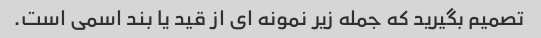
تصمیم بگیرید که جمله زیر نمونه ای از قید یا بند اسمی است.